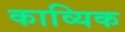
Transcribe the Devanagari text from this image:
काव्यिक